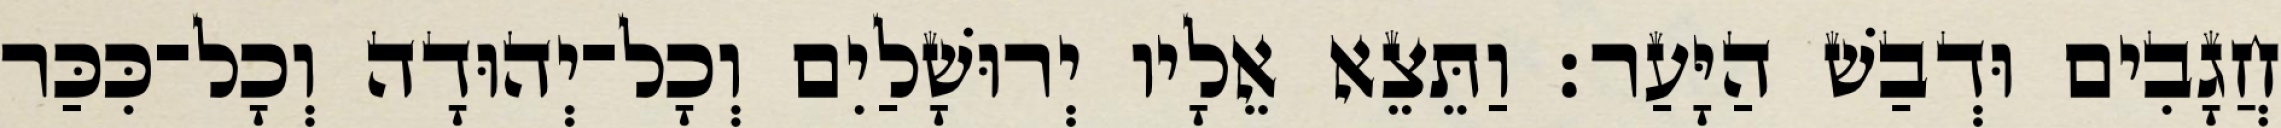
חֲגָבִים וּדְבַשׁ הַיָּעַר׃ וַתֵּצֵא אֵלָיו יְרוּשָׁלַיִם וְכָל־יְהוּדָה וְכָל־כִּכַּר